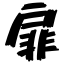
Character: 扉